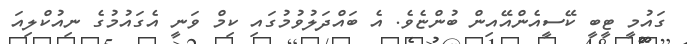
ގައުމީ ޓީބީ ކޭސީއެންއޭއިން ބުންޏެވެ. އެ ބައްދަލުވުމުގައި ކިމް ވަނީ އެގައުމުގެ ނިއުކްލިއަ